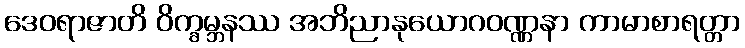
ဒေဝရာဇာတိ ဝိက္ခမ္ဘနဿ အဘိညာနုယောဂဝဏ္ဏနာ ကာမာစာရတ္တာ